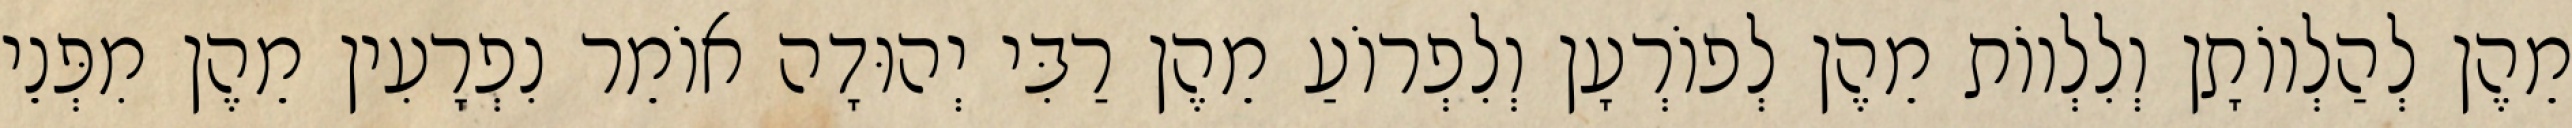
מֵהֶן לְהַלְווֹתָן וְלִלְווֹת מֵהֶן לְפוֹרְעָן וְלִפְרוֹעַ מֵהֶן רַבִּי יְהוּדָה אוֹמֵר נִפְרָעִין מֵהֶן מִפְּנֵי